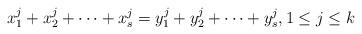
LaTeX: \begin{align*} x_1^j + x_{2}^{j} + \dots + x_s^j &= y_1^j + y_{2}^{j} + \dots + y_s^j, 1 \leq j \leq k\end{align*}